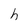
Character: h